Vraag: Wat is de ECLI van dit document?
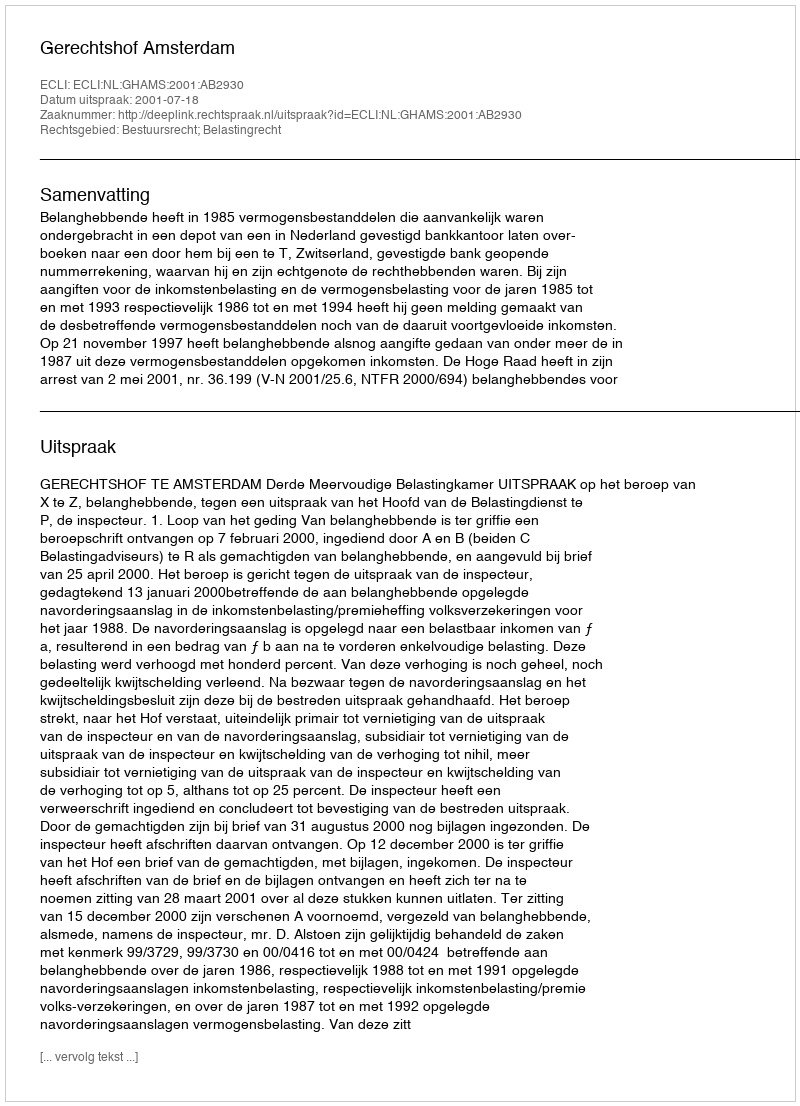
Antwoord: ECLI:NL:GHAMS:2001:AB2930